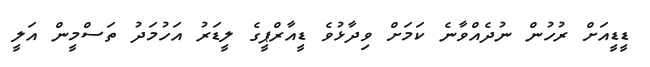
ޑީޑީއަށް ރުހުން ނުދެއްވާނެ ކަމަށް ވިދާޅުވެ ޑީއާރްޕީގެ ލީޑަރު އަހުމަދު ތަސްމީން އަލީ